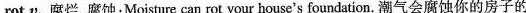
rot v.腐烂,腐蚀:Moisture can rot your house's foundation. 潮气会腐蚀你的房子的